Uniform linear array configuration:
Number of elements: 64
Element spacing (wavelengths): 0.75
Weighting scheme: uniform
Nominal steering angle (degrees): -30
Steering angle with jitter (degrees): -28.997
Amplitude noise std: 0.05
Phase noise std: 0.05

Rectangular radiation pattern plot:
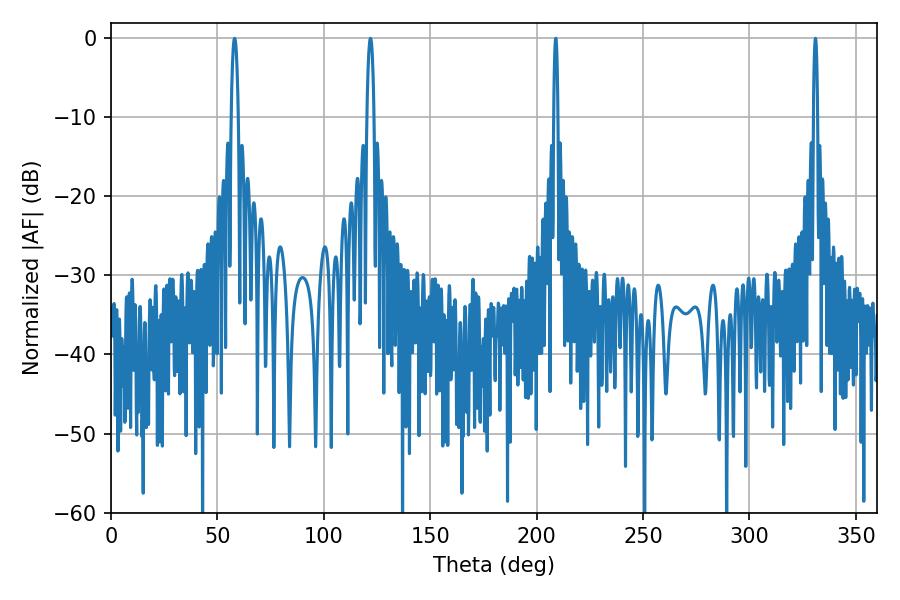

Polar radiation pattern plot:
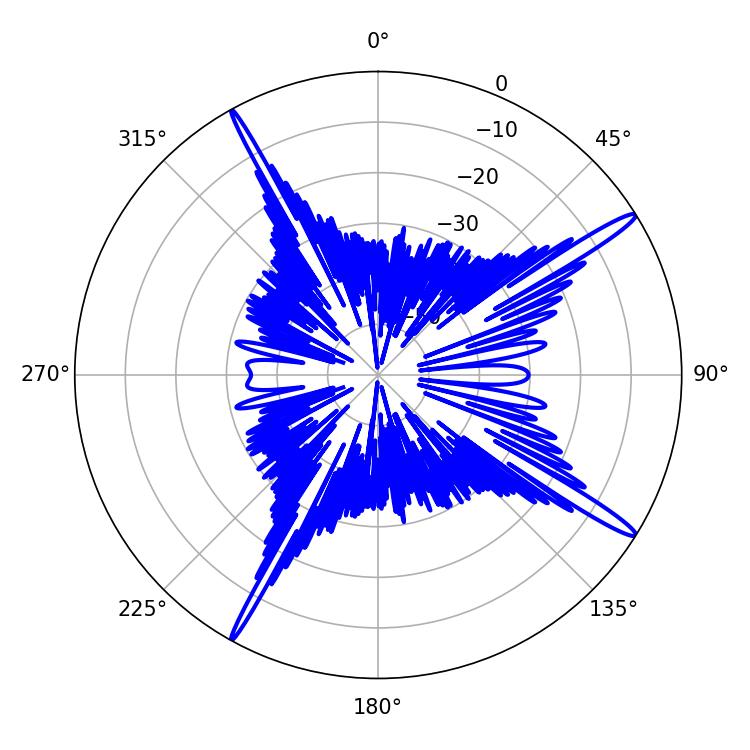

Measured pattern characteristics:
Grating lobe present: TRUE
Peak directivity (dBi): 16.626
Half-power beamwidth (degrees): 1.08
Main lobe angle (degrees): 208.98